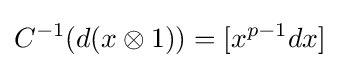
C^{-1}(d(x\otimes 1))=[x^{p-1}dx]